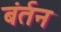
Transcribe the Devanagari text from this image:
बंर्तन